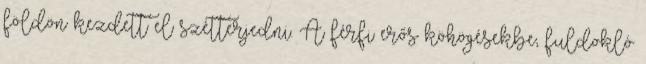
földön kezdett el szétterjedni. A férfi erős köhögésekbe, fuldokló